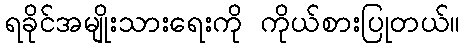
ရခိုင်အမျိုးသားရေးကို ကိုယ်စားပြုတယ်။